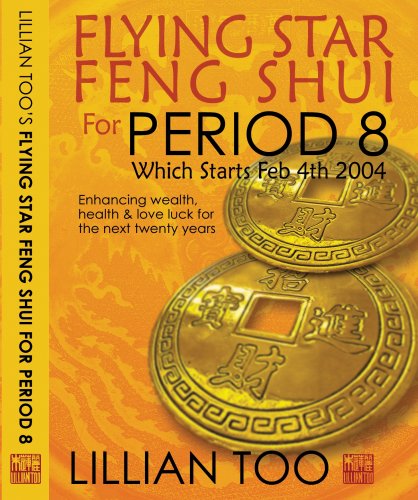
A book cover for Flying Star Feng Shui for Period 8; Lillian Too; Religion & Spirituality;